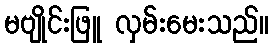
မဗျိုင်းဖြူ လှမ်းမေးသည်။